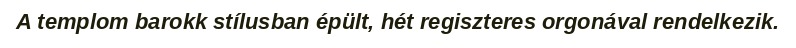
A templom barokk stílusban épült, hét regiszteres orgonával rendelkezik.